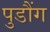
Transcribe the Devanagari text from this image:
पुडौंग